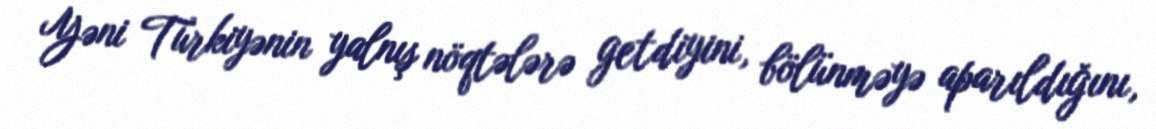
Yəni Türkiyənin yalnış nöqtələrə getdiyini, bölünməyə aparıldığını,